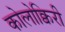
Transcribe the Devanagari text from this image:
कोलोक्विरी